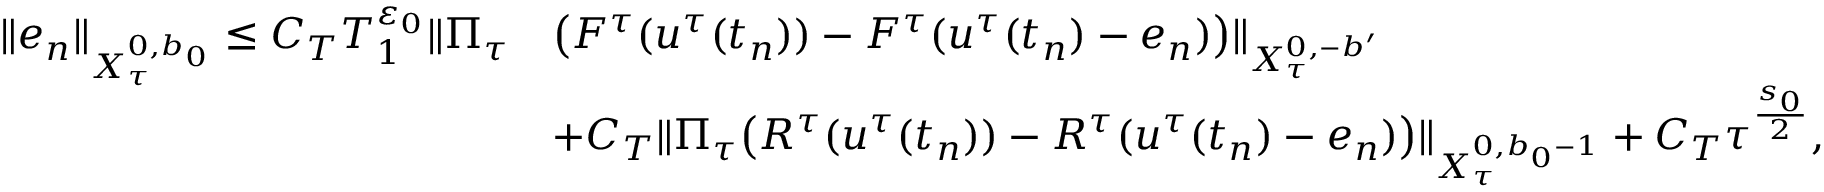
\begin{array} { r l } { \Vert e _ { n } \Vert _ { X _ { \tau } ^ { 0 , b _ { 0 } } } \leq C _ { T } T _ { 1 } ^ { \varepsilon _ { 0 } } \Vert \Pi _ { \tau } } & { \bigl ( F ^ { \tau } ( u ^ { \tau } ( t _ { n } ) ) - F ^ { \tau } ( u ^ { \tau } ( t _ { n } ) - e _ { n } ) \bigr ) \Vert _ { X _ { \tau } ^ { 0 , - b ^ { \prime } } } } \\ & { + C _ { T } \Vert \Pi _ { \tau } \bigl ( R ^ { \tau } ( u ^ { \tau } ( t _ { n } ) ) - R ^ { \tau } ( u ^ { \tau } ( t _ { n } ) - e _ { n } ) \bigr ) \Vert _ { X _ { \tau } ^ { 0 , b _ { 0 } - 1 } } + C _ { T } \tau ^ { \frac { s _ { 0 } } { 2 } } , } \end{array}